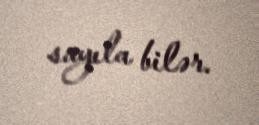
sayıla bilər.